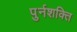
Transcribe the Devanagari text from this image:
पुर्नशक्ति